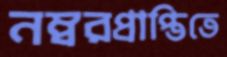
নম্বরপ্রাপ্তিতে